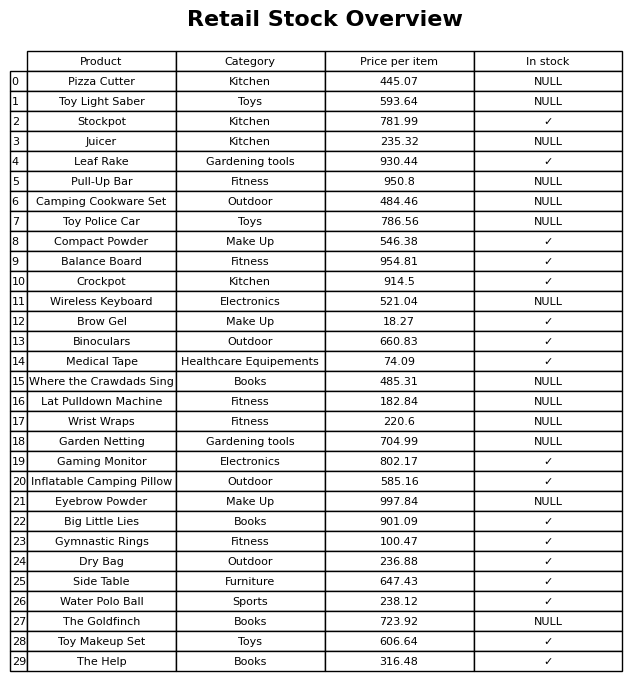
question: Which products are available in stock?
answer: Stockpot, Leaf Rake, Compact Powder, Balance Board, Crockpot, Brow Gel, Binoculars, Medical Tape, Gaming Monitor, Inflatable Camping Pillow, Big Little Lies, Gymnastic Rings, Dry Bag, Side Table, Water Polo Ball, Toy Makeup Set, The Help